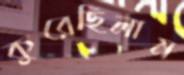
কুরেছিলাম